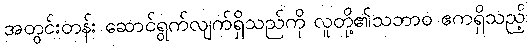
အတွင်းတန်း ဆောင်ရွက်လျက်ရှိသည်ကို လူတို့၏သဘာဝ ဧကရှိသည့်